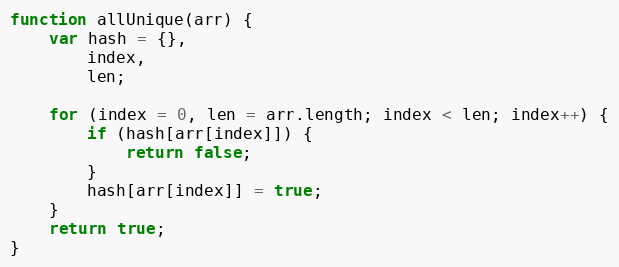
Language: JavaScript
function allUnique(arr) {
    var hash = {},
        index,
        len;

    for (index = 0, len = arr.length; index < len; index++) {
        if (hash[arr[index]]) {
            return false;
        }
        hash[arr[index]] = true;
    }
    return true;
}